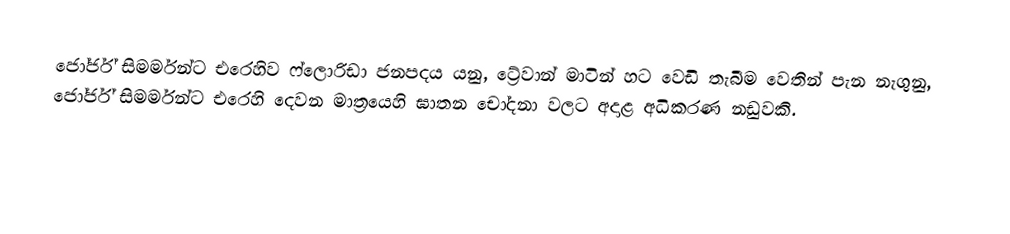
ජෝර්ජ් සිමර්මන්ට එරෙහිව ෆ්ලොරිඩා ජනපදය යනු,  ට්‍රේවාන් මාටින් හට වෙඩි තැබීම වෙතින් පැන නැගුනු,  ජෝර්ජ් සිමර්මන්ට එරෙහි දෙවන මාත්‍රයෙහි ඝාතන චෝදනා වලට අදාළ අධිකරණ නඩුවකි.